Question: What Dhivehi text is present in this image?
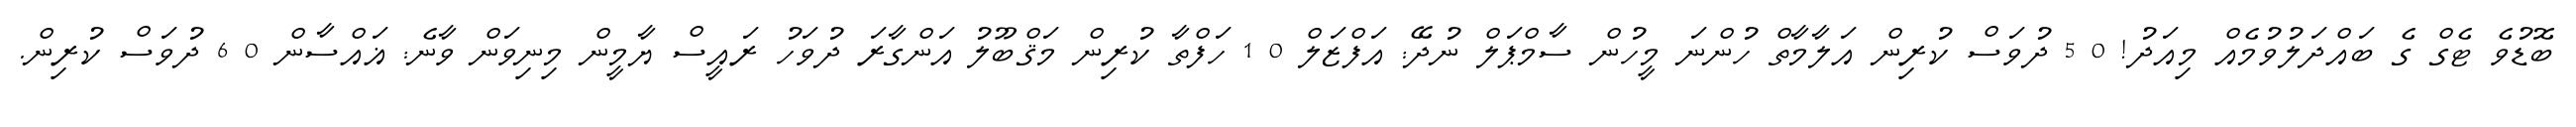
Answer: ބޮޑުވެ ޓެގް ގެ ބައްދަލުވުމެއް މިއަދު! 0 5 ދުވަސް ކުރިން އަލާމާތް ހުންނަ މީހުން ސާމްޕަލް ނުދޭ: އަފްޒަލް 0 1 ހަފްތާ ކުރިން މަޤްބޫލު އަންގާރަ ދުވަހު ރައީސް ޔާމީން މިނިވަން ވާނެ: ޣައްސާން 0 6 ދުވަސް ކުރިން.